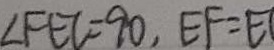
\angle F E C = 9 0 , E F = E